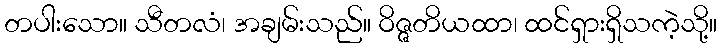
တပါးသော။ သီတလံ၊ အချမ်းသည်။ ဝိဇ္ဇတိယထာ၊ ထင်ရှားရှိသကဲ့သို့။